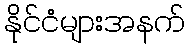
နိုင်ငံများအနက်